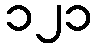
၁၂၁